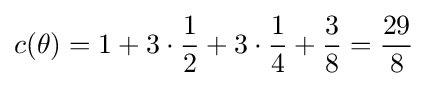
c(\theta )=1+3\cdot {\frac {1}{2}}+3\cdot {\frac {1}{4}}+{\frac {3}{8}}={\frac {29}{8}}